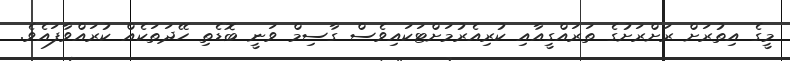
މީގެ އިތުރަށް ރަށްރަށުގެ ތަރައްގީއާއި ކުރިއެރުމަށްޓަކައިވެސް ގާސިމް ވަނީ ބޮޑެތި ހޭދަތަކެއް ކުރައްވާފައެވެ.